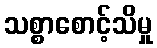
သစ္စာစောင့်သိမှု